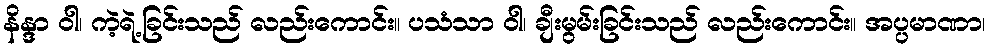
နိန္ဒာ ဝါ၊ ကဲ့ရဲ့ခြင်းသည် လည်းကောင်း။ ပသံသာ ဝါ၊ ချီးမွမ်းခြင်းသည် လည်းကောင်း။ အပ္ပမာဏာ၊